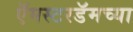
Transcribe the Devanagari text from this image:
ऍमस्टरडॅमच्या